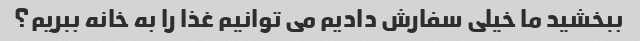
ببخشید ما خیلی سفارش دادیم می توانیم غذا را به خانه ببریم؟